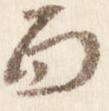
面